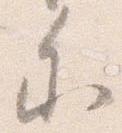
参